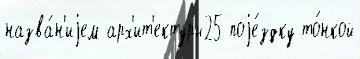
назва́н'иjем арх'ит'ектуры25 поjе́здку то́нкой